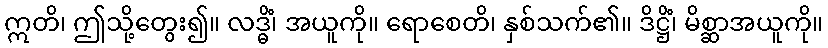
ဣတိ၊ ဤသို့တွေး၍။ လဒ္ဓိံ၊ အယူကို။ ရောစေတိ၊ နှစ်သက်၏။ ဒိဋ္ဌိံ၊ မိစ္ဆာအယူကို။